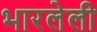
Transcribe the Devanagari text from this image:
भारलेली